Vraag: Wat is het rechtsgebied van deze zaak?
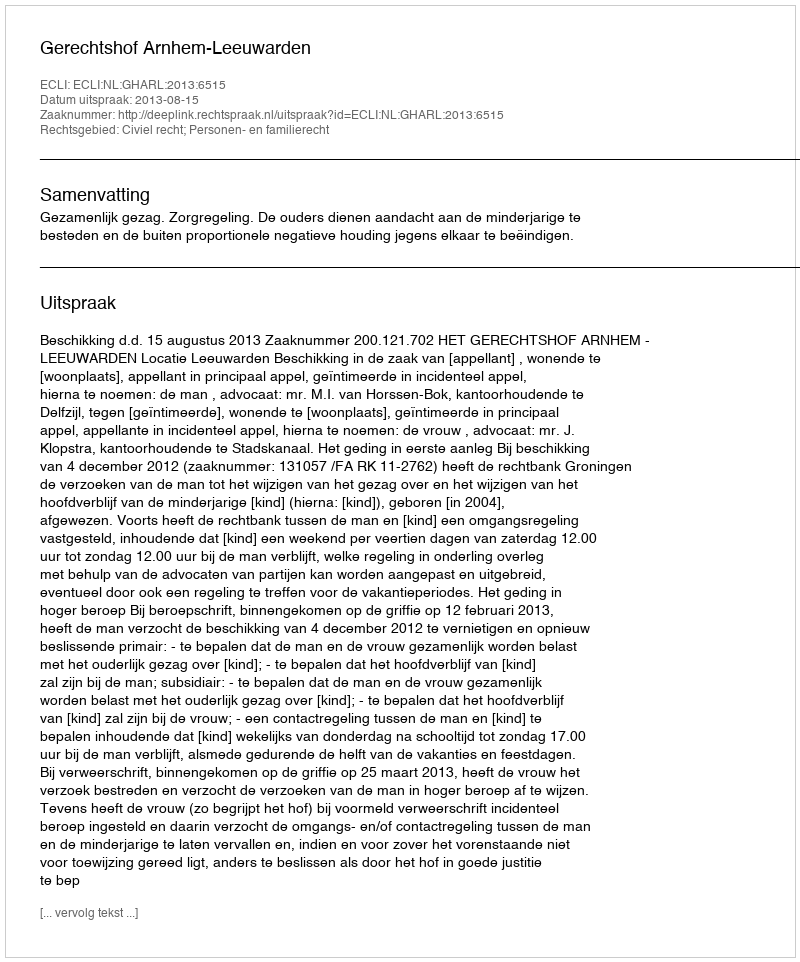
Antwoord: Civiel recht; Personen- en familierecht